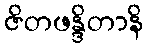
ဇိတဖန္ဒိတာနိ